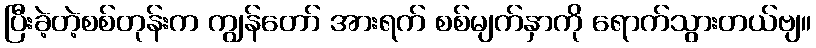
ပြီးခဲ့တဲ့စစ်တုန်းက ကျွန်တော် အားရက် စစ်မျက်နှာကို ရောက်သွားတယ်ဗျ။